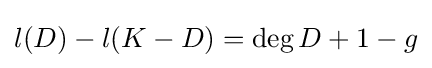
l(D)-l(K-D)=\deg D+1-g